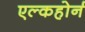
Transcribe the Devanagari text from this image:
एल्कहोर्न